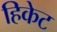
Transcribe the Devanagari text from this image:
हिकेट